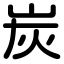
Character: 炭